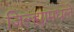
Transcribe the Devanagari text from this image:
जिल्ह्यामधले